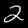
Label: 2